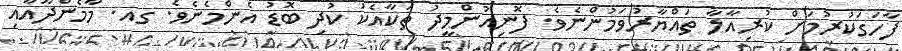
ފާހަގަކުރުމަށް ކުރިއާލާ ތައްޔާރުވަމުންނެވެ. ފޮނިއުންމީދު ތަކާއެކު ކުދި ބޮޑު އެންމެނެވެ. ގއ. މާމެންދޫއާއި